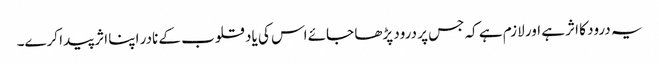
یہ درود کا اثر ہے اور لازم ہے کہ جس پر درود پڑھا جائے اس کی یاد قلوب کے نادر اپنا اثر پیدا کرے۔